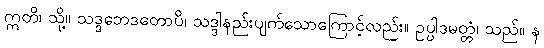
ဣတိ၊ သို့။ သဒ္ဒဘေဒတောပိ၊ သဒ္ဒါနည်းပျက်သောကြောင့်လည်း။ ဥပ္ပါဒမတ္တံ၊ သည်။ န